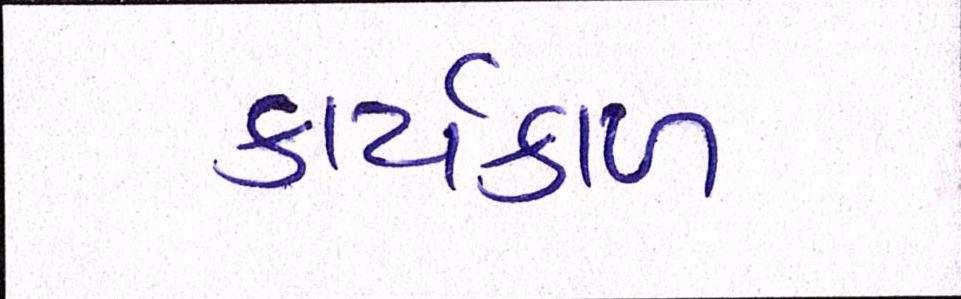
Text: કાર્યકાળ